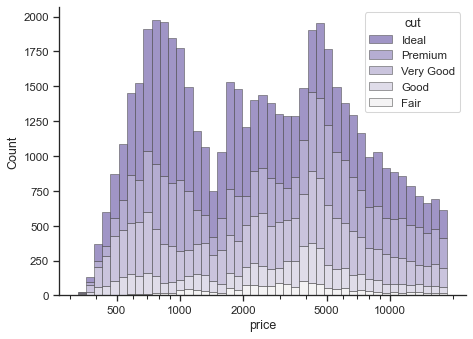
python, seaborn, despine, histplot